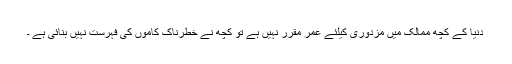
دنیا کے کچھ ممالک میں مزدوری کیلئے عمر مقرر نہیں ہے تو کچھ نے خطرناک کاموں کی فہرست نہیں بنائی ہے ۔